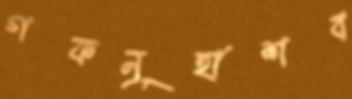
গফনূহাশব